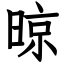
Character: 晾